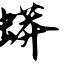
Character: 蟒